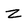
Character: z